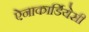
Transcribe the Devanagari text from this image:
ऐनाकार्डियेसी